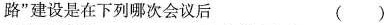
路”建设是在下列哪次会议后 ( )